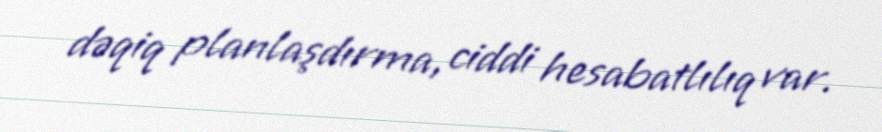
dəqiq planlaşdırma, ciddi hesabatlılıq var.